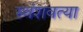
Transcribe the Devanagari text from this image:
स्वंशवत्या